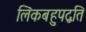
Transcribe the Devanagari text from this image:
लिंकबहुपद्वति